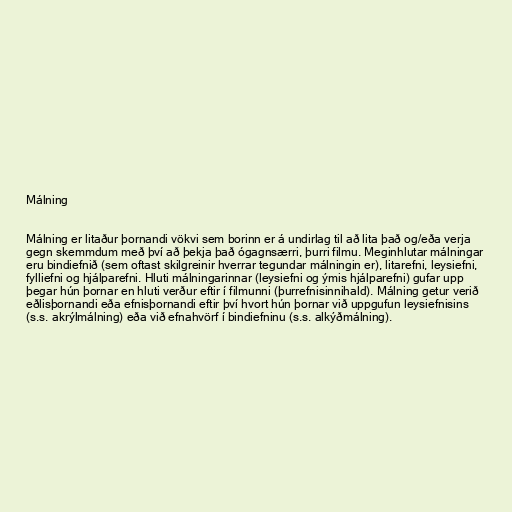
Málning

Málning er litaður þornandi vökvi sem borinn er á undirlag til að lita það og/eða verja
gegn skemmdum með því að þekja það ógagnsærri, þurri filmu. Meginhlutar málningar
eru bindiefnið (sem oftast skilgreinir hverrar tegundar málningin er), litarefni, leysiefni,
fylliefni og hjálparefni. Hluti málningarinnar (leysiefni og ýmis hjálparefni) gufar upp
þegar hún þornar en hluti verður eftir í filmunni (þurrefnisinnihald). Málning getur verið
eðlisþornandi eða efnisþornandi eftir því hvort hún þornar við uppgufun leysiefnisins
(s.s. akrýlmálning) eða við efnahvörf í bindiefninu (s.s. alkýðmálning).